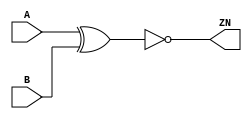
module XNOR2_X1 (A, B, ZN);
  input A;
  input B;
  output ZN;
  not(ZN, i_4);
  xor(i_4, A, B);
  specify
    if((B == 1'b0)) (A => ZN) = (0.1, 0.1);
    if((B == 1'b1)) (A => ZN) = (0.1, 0.1);
    if((A == 1'b0)) (B => ZN) = (0.1, 0.1);
    if((A == 1'b1)) (B => ZN) = (0.1, 0.1);
  endspecify
endmodule